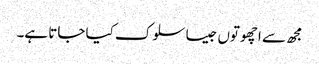
مجھ سے اچھوتوں جیسا سلوک کیا جاتا ہے۔